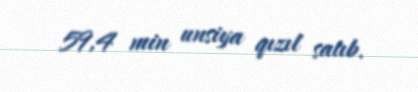
59,4 min unsiya qızıl satıb.